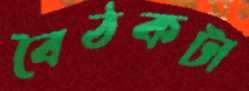
বৈঠকটা